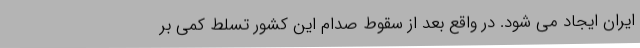
ایران ایجاد می شود. در واقع بعد از سقوط صدام این کشور تسلط کمی بر